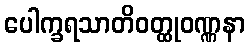
ပေါက္ခရသာတိဝတ္ထုဝဏ္ဏနာ